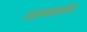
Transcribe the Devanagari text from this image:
आत्मदर्शना